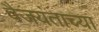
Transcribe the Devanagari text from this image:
वैजयंताच्या